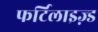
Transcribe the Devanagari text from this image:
फर्टिलाइज़्ड